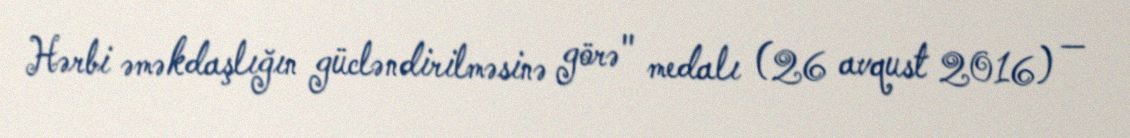
Hərbi əməkdaşlığın gücləndirilməsinə görə" medalı (26 avqust 2016) —